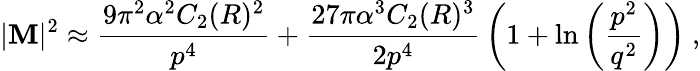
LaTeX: |{\cal\mathbf{M}}|^{2}\approx{\frac{{9\pi^{2}\alpha^{2}C_{2}(R)^{2}}}{{p^{4}}}}+{\frac{{27\pi\alpha^{3}C_{2}(R)^{3}}}{{2p^{4}}}}\left(1+\ln\left({\frac{{p^{2}}}{{q^{2}}}}\right)\right)~,